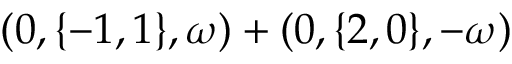
( 0 , \{ - 1 , 1 \} , \omega ) + ( 0 , \{ 2 , 0 \} , - \omega )